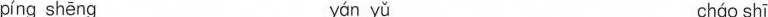
píng shēng yán yǔ cháo shī